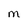
Character: M